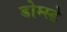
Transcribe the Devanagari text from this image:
डोम्स्डे